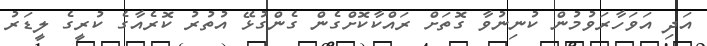
އަދި އަވަހާރަވުމުން ކުނިނުވާ ގޮތަށް ރައްކާކޮށްގެން ގެންގުޅޭ އުތުރު ކޮރެއާގެ ކުރީގެ ލީޑަރު